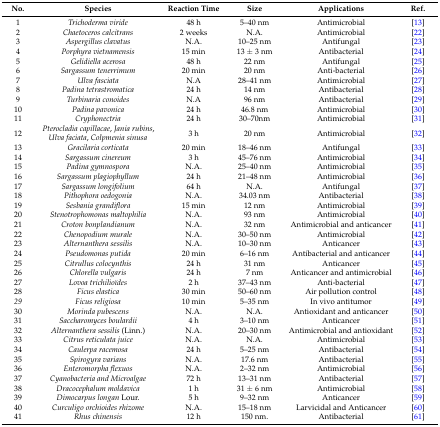
<table><thead><tr><td><b>No.</b></td><td><b>Species</b></td><td><b>Reaction Time </b></td><td><b>Size</b></td><td><b>Applications</b></td><td><b>Ref.</b></td></tr></thead><tbody><tr><td>1</td><td><i>Trichoderma viride</i></td><td>48 h</td><td>5–40 nm</td><td>Antimicrobial</td><td>[13]</td></tr><tr><td>2</td><td><i>Chaetoceros calcitrans</i></td><td>2 weeks</td><td>N.A.</td><td>Antimicrobial</td><td>[22]</td></tr><tr><td>3</td><td><i>Aspergillus clavatus</i></td><td>N.A.</td><td>10–25 nm</td><td>Antifungal</td><td>[23]</td></tr><tr><td>4</td><td><i>Porphyra vietnamensis</i></td><td>15 min</td><td>13 ± 3 nm</td><td>Antibacterial</td><td>[24]</td></tr><tr><td>5</td><td><i>Gelidiella acerosa</i></td><td>48 h</td><td>22 nm</td><td>Antifungal</td><td>[25]</td></tr><tr><td>6</td><td><i>Sargassum tenerrimum</i></td><td>20 min</td><td>20 nm</td><td>Anti-bacterial</td><td>[26]</td></tr><tr><td>7</td><td><i>Ulva fasciata</i></td><td>N.A</td><td>28–41 nm</td><td>Antimicrobial</td><td>[27]</td></tr><tr><td>8</td><td><i>Padina tetrastromatica</i></td><td>24 h</td><td>14 nm</td><td>Antibacterial</td><td>[28]</td></tr><tr><td>9</td><td><i>Turbinaria conoides</i></td><td>N.A</td><td>96 nm</td><td>Antibacterial</td><td>[29]</td></tr><tr><td>10</td><td><i>Padina pavonica</i></td><td>24 h</td><td>46.8 nm</td><td>Antimicrobial</td><td>[30]</td></tr><tr><td>11</td><td><i>Cryphonectria</i></td><td>24 h</td><td>30–70nm</td><td>Antimicrobial</td><td>[31]</td></tr><tr><td>12</td><td><i>Pterocladia capillacae</i>, <i>Jania rubins</i>, <i>Ulva faciata</i>, <i>Colpmenia sinusa</i></td><td>3 h</td><td>20 nm</td><td>Antimicrobial</td><td>[32]</td></tr><tr><td>13</td><td><i>Gracilaria corticata</i></td><td>20 min</td><td>18–46 nm</td><td>Antifungal</td><td>[33]</td></tr><tr><td>14</td><td><i>Sargassum cinereum</i></td><td>3 h</td><td>45–76 nm</td><td>Antimicrobial</td><td>[34]</td></tr><tr><td>15</td><td><i>Padina gymnospora</i></td><td>N.A.</td><td>25–40 nm</td><td>Antimicrobial</td><td>[35]</td></tr><tr><td>16</td><td><i>Sargassum plagiophyllum</i></td><td>24 h</td><td>21–48 nm</td><td>Antimicrobial</td><td>[36]</td></tr><tr><td>17</td><td><i>Sargassum longifolium</i></td><td>64 h</td><td>N.A.</td><td>Antifungal</td><td>[37]</td></tr><tr><td>18</td><td><i>Pithophora oedogonia</i></td><td>N.A.</td><td>34.03 nm</td><td>Antibacterial</td><td>[38]</td></tr><tr><td>19</td><td><i>Sesbania grandiflora</i></td><td>15 min</td><td>12 nm</td><td>Antimicrobial</td><td>[39]</td></tr><tr><td>20</td><td><i>Stenotrophomonas maltophilia</i></td><td>N.A.</td><td>93 nm</td><td>Antimicrobial</td><td>[40]</td></tr><tr><td>21</td><td><i>Croton bonplandianum</i></td><td>N.A.</td><td>32 nm</td><td>Antimicrobial and anticancer</td><td>[41]</td></tr><tr><td>22</td><td><i>Chenopodium murale</i></td><td>N.A.</td><td>30–50 nm</td><td>Antimicrobial</td><td>[42]</td></tr><tr><td>23</td><td><i>Alternanthera sessilis</i></td><td>N.A.</td><td>10–30 nm</td><td>Anticancer</td><td>[43]</td></tr><tr><td>24</td><td><i>Pseudomonas putida</i></td><td>20 min</td><td>6–16 nm</td><td>Antibacterial and anticancer</td><td>[44]</td></tr><tr><td>25</td><td><i>Citrullus colocynthis</i></td><td>24 h</td><td>31 nm</td><td>Anticancer</td><td>[45]</td></tr><tr><td>26</td><td><i>Chlorella vulgaris</i></td><td>24 h</td><td>7 nm</td><td>Anticancer and antimicrobial</td><td>[46]</td></tr><tr><td>27</td><td><i>Lovoa trichilioïdes</i></td><td>2 h</td><td>37–43 nm</td><td>Anti-bacterial</td><td>[47]</td></tr><tr><td>28</td><td><i>Ficus elastica</i></td><td>30 min</td><td>50–60 nm</td><td>Air pollution control</td><td>[48]</td></tr><tr><td><i>29</i></td><td><i>Ficus religiosa</i></td><td>10 min</td><td>5–35 nm</td><td>In vivo antitumor</td><td>[49]</td></tr><tr><td>30</td><td><i>Morinda pubescens</i></td><td>N.A.</td><td>N.A.</td><td>Antioxidant and anticancer</td><td>[50]</td></tr><tr><td>31</td><td><i>Saccharomyces boulardii</i></td><td>4 h</td><td>3–10 nm</td><td>Anticancer</td><td>[51]</td></tr><tr><td>32</td><td><i>Alternanthera sessilis</i> (Linn.)</td><td>N.A.</td><td>20–30 nm</td><td>Antimicrobial and antioxidant</td><td>[52]</td></tr><tr><td>33</td><td><i>Citrus reticulata juice</i></td><td>N.A.</td><td>N.A.</td><td>Antimicrobial</td><td>[53]</td></tr><tr><td>34</td><td><i>Caulerpa racemosa</i></td><td>24 h</td><td>5–25 nm</td><td>Antibacterial</td><td>[54]</td></tr><tr><td>35</td><td><i>Spirogyra varians</i></td><td>N.A.</td><td>17.6 nm</td><td>Antibacterial</td><td>[55]</td></tr><tr><td>36</td><td><i>Enteromorpha flexuos</i></td><td>N.A.</td><td>2–32 nm</td><td>Antimicrobial</td><td>[56]</td></tr><tr><td>37</td><td><i>Cyanobacteria and Microalgae</i></td><td>72 h</td><td>13–31 nm</td><td>Antibacterial</td><td>[57]</td></tr><tr><td>38</td><td><i>Dracocephalum moldavica</i></td><td>1 h</td><td>31 ± 6 nm</td><td>Antimicrobial</td><td>[58]</td></tr><tr><td>39</td><td><i>Dimocarpus longan</i> Lour.</td><td>5 h</td><td>9–32 nm</td><td>Anticancer </td><td>[59]</td></tr><tr><td>40</td><td><i>Curculigo orchioides rhizome</i></td><td>N.A.</td><td>15–18 nm</td><td>Larvicidal and Anticancer</td><td>[60]</td></tr><tr><td>41</td><td><i>Rhus chinensis</i></td><td>12 h</td><td>150 nm.</td><td>Antibacterial</td><td>[61]</td></tr></tbody></table>